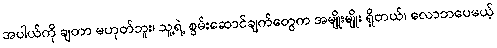
အပါယ်ကို ချတာ မဟုတ်ဘူး၊ သူ့ရဲ့ စွမ်းဆောင်ချက်တွေက အမျိုးမျိုး ရှိတယ်၊ လောဘပေမယ့်